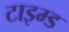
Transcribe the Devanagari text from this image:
टाइम्ड